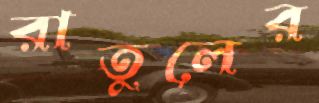
রাতুলের